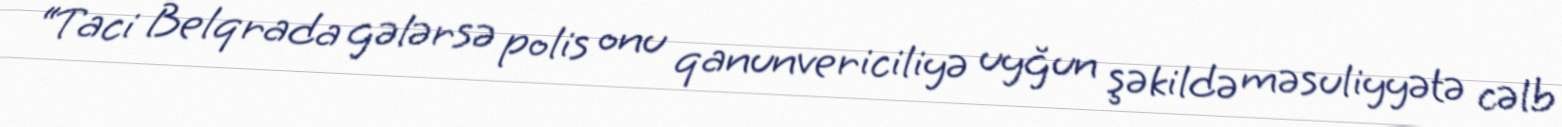
“Taci Belqrada gələrsə polis onu qanunvericiliyə uyğun şəkildə məsuliyyətə cəlb